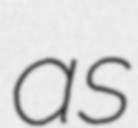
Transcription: as